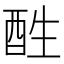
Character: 𨠠